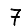
Digit: 7